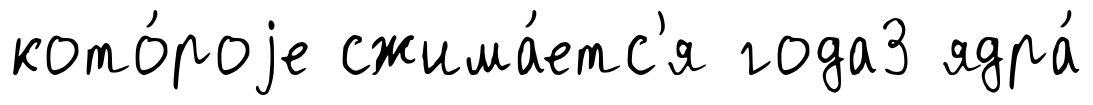
кото́роjе сжима́етс'я года3 ядра́